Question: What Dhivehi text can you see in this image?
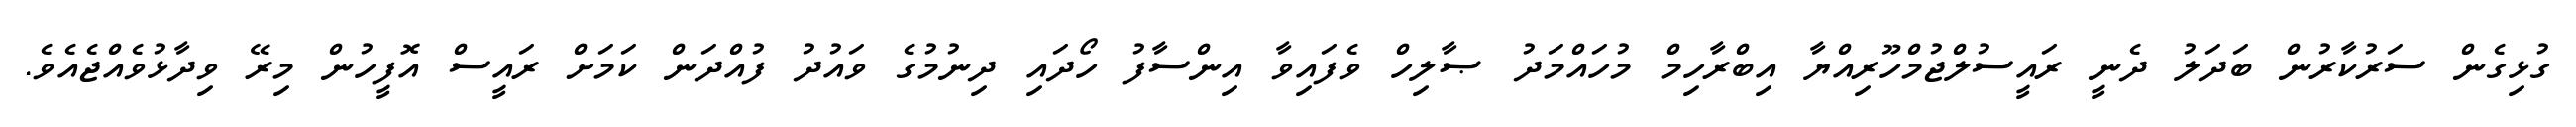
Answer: ގުޅިގެން ސަރުކާރުން ބަދަލު ދެނީ ރައީސުލްޖުމްހޫރިއްޔާ އިބްރާހިމް މުހައްމަދު ޞާލިހް ވެފައިވާ އިންސާފު ހޯދައި ދިނުމުގެ ވައުދު ފުއްދަން ކަމަށް ރައީސް އޮފީހުން މިރޭ ވިދާޅުވެއްޖެއެވެ.